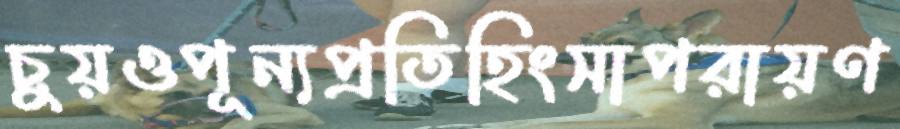
চুয়ওপূন্যপ্রতিহিংসাপরায়ণ